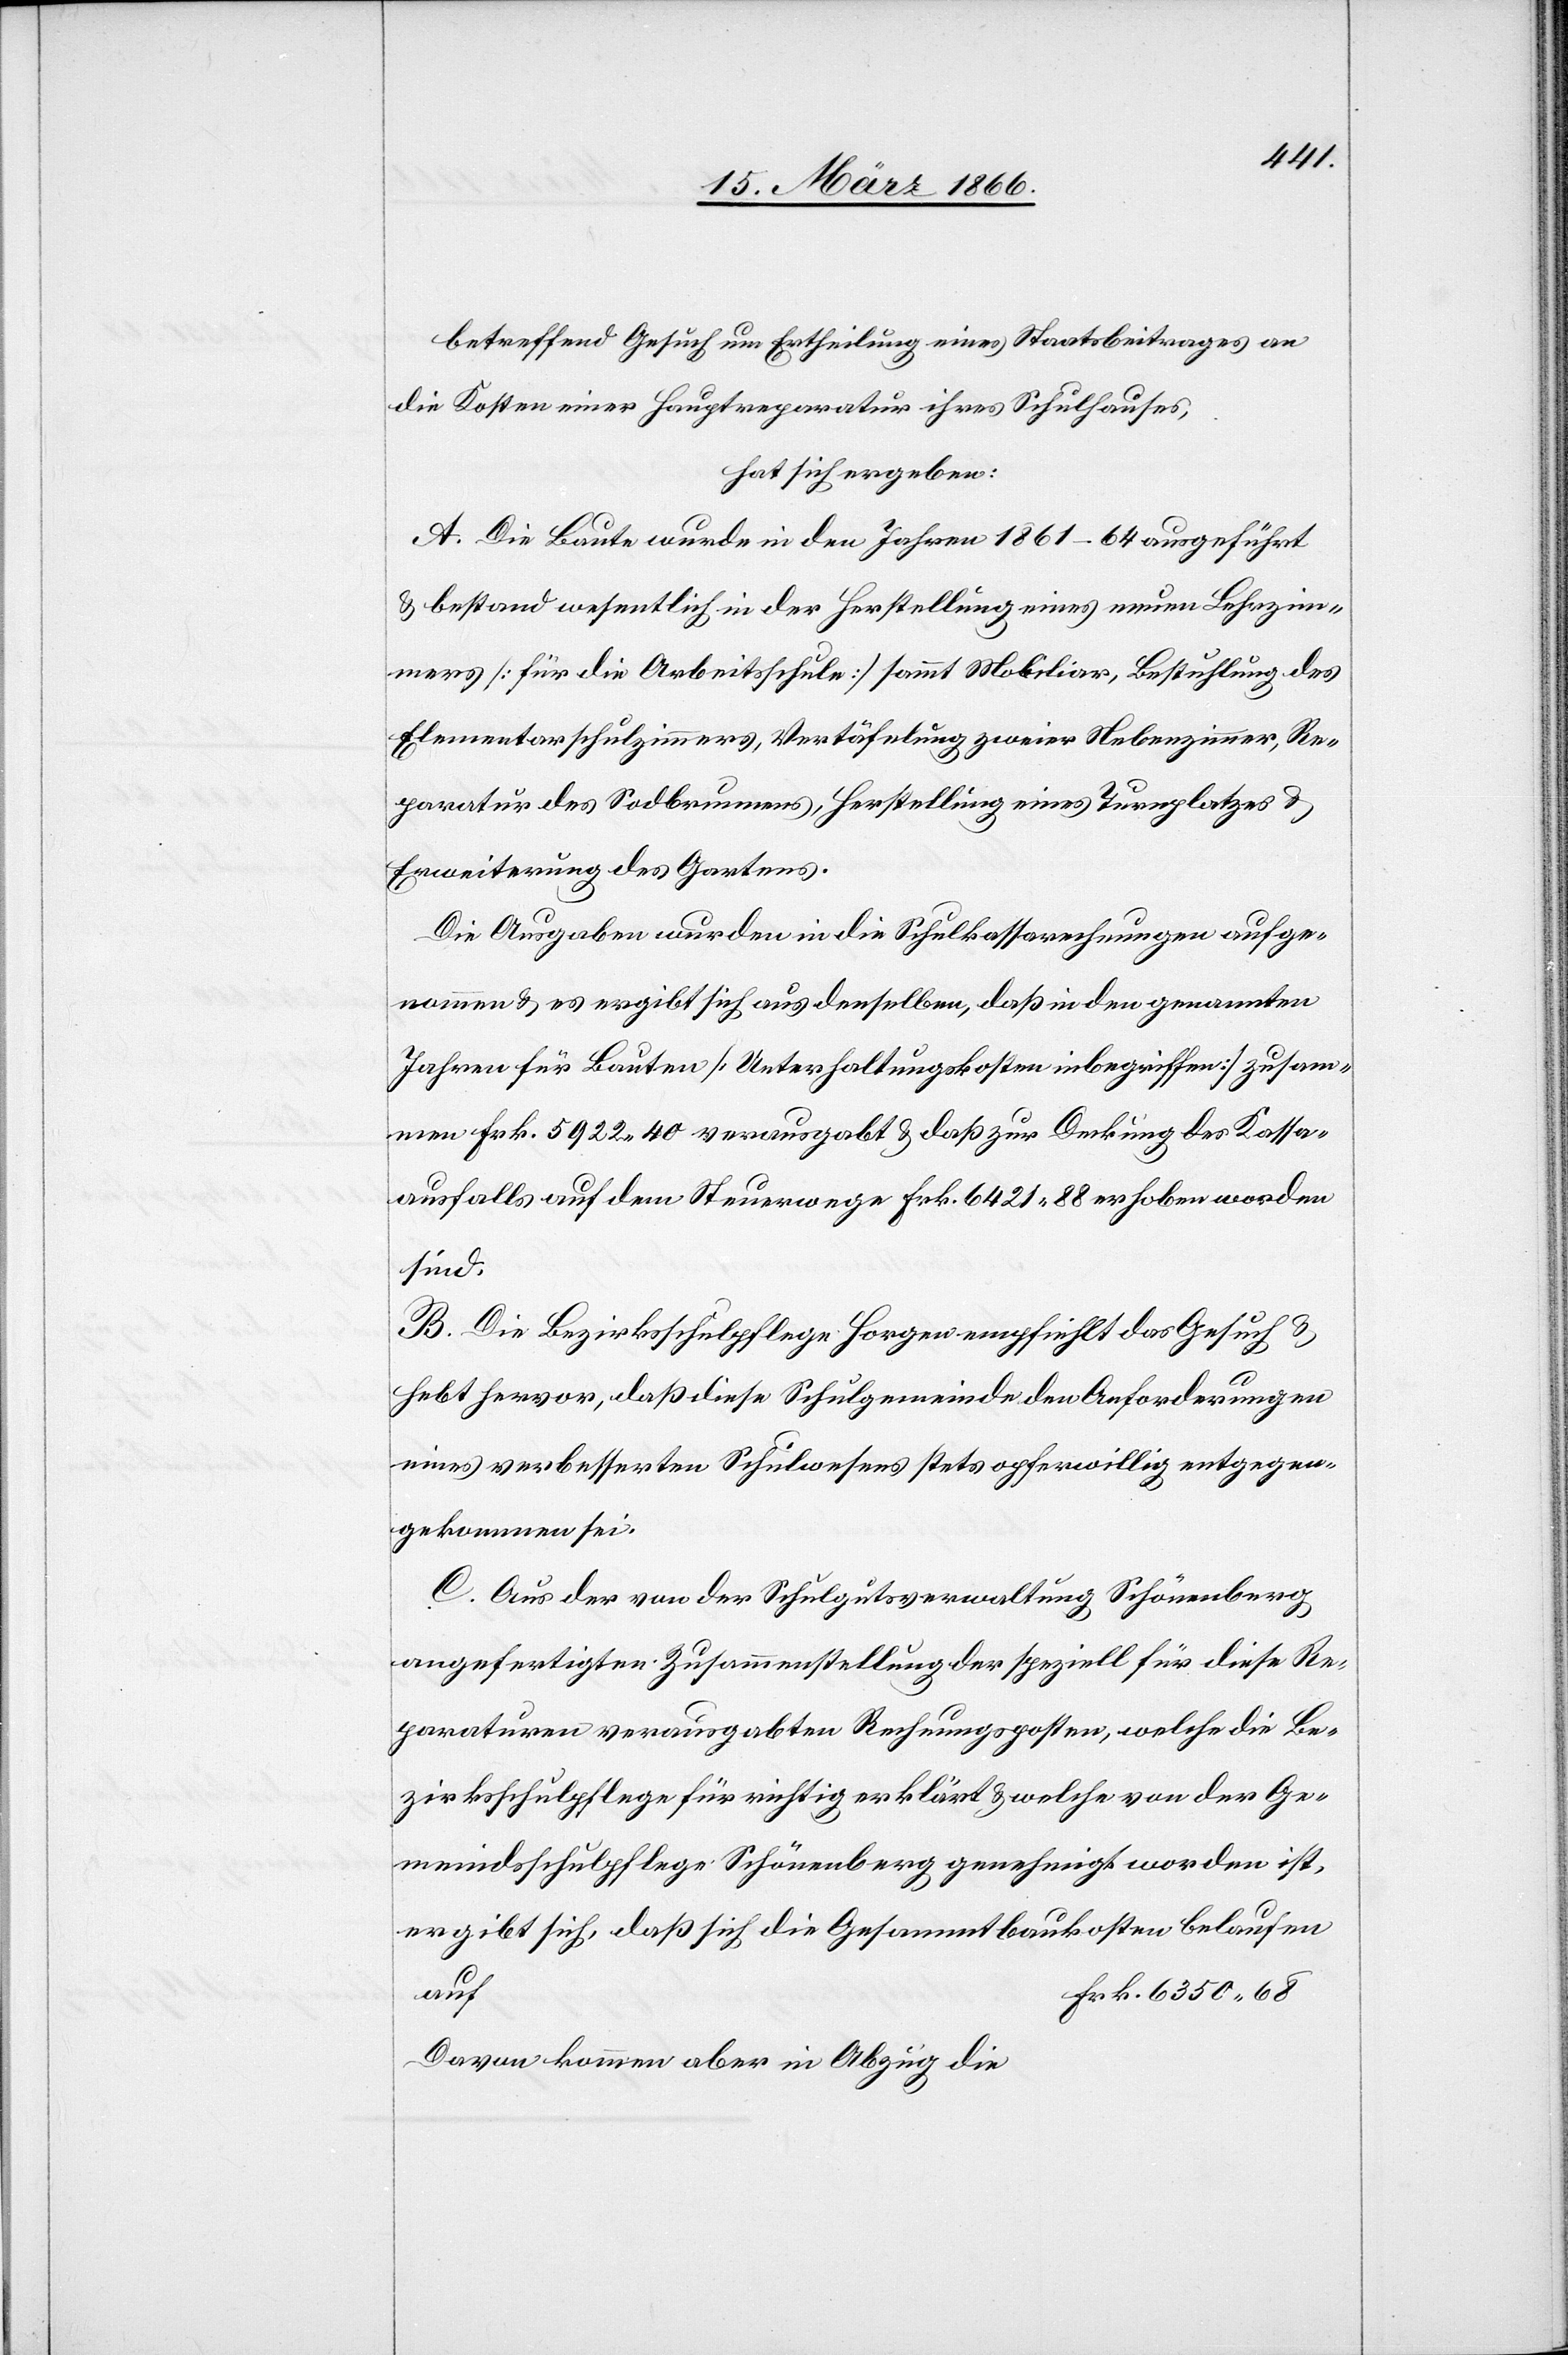
betreffend Gesuch um Ertheilung eines Staatsbeitrages an
die Kosten einer Hauptreparatur ihres Schulhauses,
hat sich ergeben:
A. Die Baute wurde in den Jahren 1861–64 ausgeführt
u. bestand wesentlich in der Herstellung eines neuen Lehrzim¬
mers [für die Arbeitsschule] sammt Mobiliar, Bestuhlung des
Elementarschulzimmers, Vertäfelung zweier Nebenzimmer, Re¬
paratur des Sodbrunnens, Herstellung eine Turnplatzes u.
Erweiterung des Gartens.
Die Ausgaben wurden in die Schulkassenrechnungen aufge¬
nommen u. es ergibt sich aus denselben, daß in den genannten
Jahren für Bauten [Unterhaltungskosten inbegriffen] zusam¬
men Frk. 5922,40 verausgabt u. daß zur Deckung des Kosten¬
ausfalls auf dem Steuerwege Frk. 6421,88 erhoben worden
sind.
B. Die Bezirksschulpflege Horgen empfiehlt das Gesuch u.
hebt hervor, daß diese Schulgemeinde den Anforderungen
eines verbesserten Schulwesens stets opferwillig entgegen¬
gekommen sei.
C. Aus der von der Schulgutsverwaltung Schönenberg
angefertigten Zusammenstellung der speziell für diese Re¬
paraturen verausgabten Rechnungsposten, welche die Be¬
zirksschulpflege für richtig erklärt u. welche von der Ge¬
meindsschulpflege Schönenberg genehmigt worden ist,
ergibt sich, daß sich die Gesammtbaukosten belaufen
auf
Davon kommen aber in Abzug die